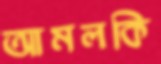
আমলকি